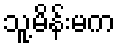
သူ့မိန်းမက